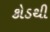
કોડથી